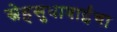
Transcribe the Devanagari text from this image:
स्नेहसुधाबाईंचा